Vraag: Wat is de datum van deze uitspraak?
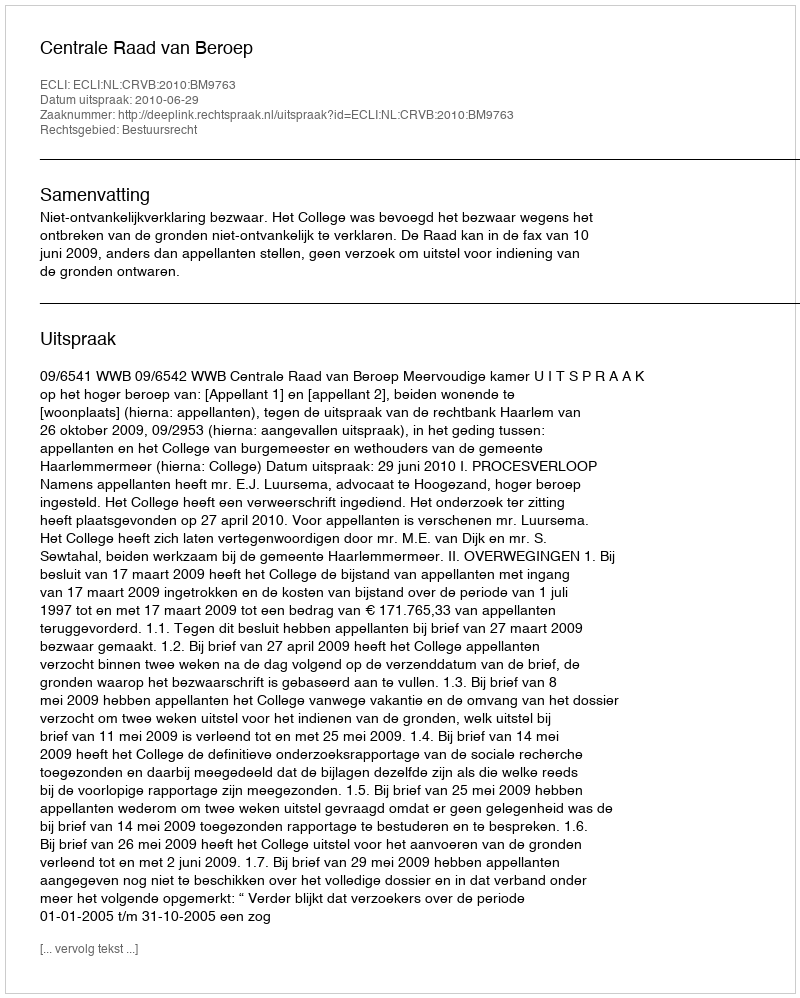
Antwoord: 2010-06-29